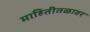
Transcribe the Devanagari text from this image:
माहितीतळावर